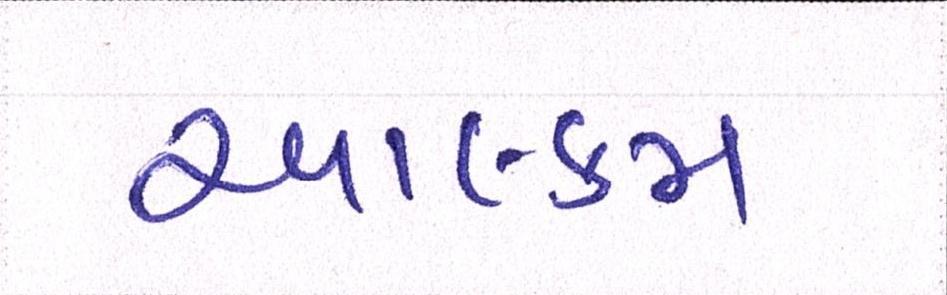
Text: આલ્કમ